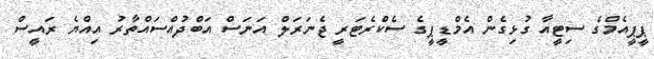
ޕީޕީއެމްގެ ސިޓީއާ ގުޅިގެން އެމްޑީޕީގެ ސެކްރެޓަރީ ޖެނަރަލް އަނަސް އަބްދުއްސައްތާރު އިއްޔެ ރައީސް